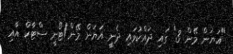
"އަޔަން މޭން 3" ގައި ދައްކުވައި ދެނީ އަޔަން މޭން/ޓޯނީ ސްޓާކް އާއި